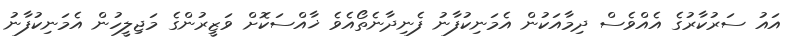
އައު ސަރުކާރުގެ އެއްވެސް ދިމާއަކުން އެމަނިކުފާނު ފެނިދާނެތޯއެވެ ޚާއްސަކޮށް ވަޒީރުންގެ މަޖިލީހުން އެމަނިކުފާނު